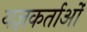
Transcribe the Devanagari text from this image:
यज्ञकर्ताओं